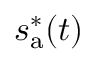
s _ { \mathrm { a } } ^ { * } ( t )